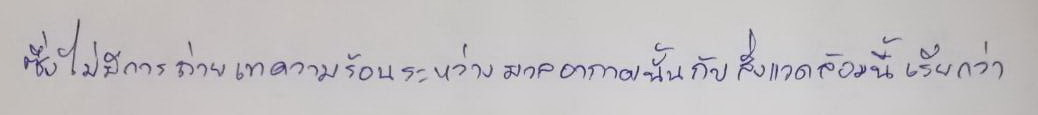
ซึ่งไม่มีการถ่ายเทความร้อนระหว่างมวลอากาศนั้นกับสิ่งแวดล้อมนี้เรียกว่า